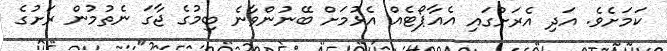
ކަމަށެވެ. އަދި އެރަށުގައި އެއާޕޯޓެއް އެޅުމަށް ބޭނުންވާނެ ބިމުގެ ޖާގަ ނެތުމުން ރަށުގެ